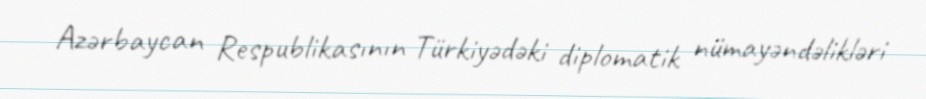
Azərbaycan Respublikasının Türkiyədəki diplomatik nümayəndəlikləri